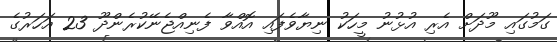
ގަމުގައި މޫދަށް އެރި އުޅުނު މީހަކު ނިޔާވެފައި އޮއްވާ ފެނިއްޖެނޭކުރެންދޫ 23 އަހަރުގެ